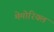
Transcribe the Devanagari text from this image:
मेमोरियल